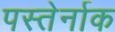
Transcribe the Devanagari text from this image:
पस्तेर्नाक